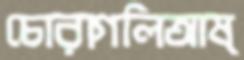
চোরাগলিআষ্